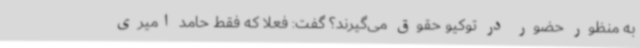
به منظور حضور در توکیو حقوق می‌گیرند؟ گفت: فعلا که فقط حامد امیری